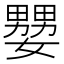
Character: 𡣠